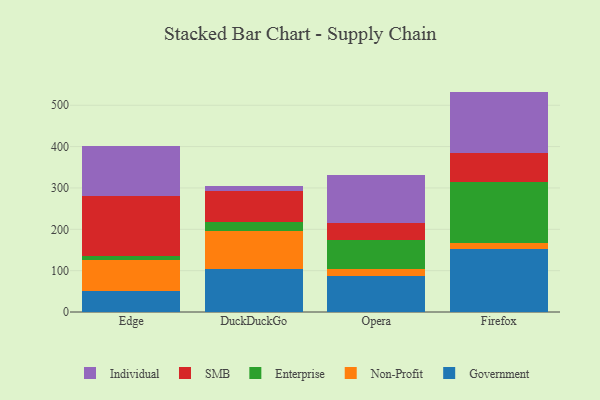
{"axis": {"x": "Browser", "y": "Humidity (%)"}, "legend": ["Enterprise", "Government", "Individual", "Non-Profit", "SMB"], "data": [{"x": "Edge", "y": 49.9, "type": "Government"}, {"x": "Edge", "y": 76.1, "type": "Non-Profit"}, {"x": "Edge", "y": 9.7, "type": "Enterprise"}, {"x": "Edge", "y": 144.6, "type": "SMB"}, {"x": "Edge", "y": 120.3, "type": "Individual"}, {"x": "DuckDuckGo", "y": 104.0, "type": "Government"}, {"x": "DuckDuckGo", "y": 91.0, "type": "Non-Profit"}, {"x": "DuckDuckGo", "y": 23.2, "type": "Enterprise"}, {"x": "DuckDuckGo", "y": 73.8, "type": "SMB"}, {"x": "DuckDuckGo", "y": 11.7, "type": "Individual"}, {"x": "Opera", "y": 88.0, "type": "Government"}, {"x": "Opera", "y": 15.7, "type": "Non-Profit"}, {"x": "Opera", "y": 70.2, "type": "Enterprise"}, {"x": "Opera", "y": 41.9, "type": "SMB"}, {"x": "Opera", "y": 114.8, "type": "Individual"}, {"x": "Firefox", "y": 152.9, "type": "Government"}, {"x": "Firefox", "y": 14.9, "type": "Non-Profit"}, {"x": "Firefox", "y": 146.9, "type": "Enterprise"}, {"x": "Firefox", "y": 69.8, "type": "SMB"}, {"x": "Firefox", "y": 148.5, "type": "Individual"}]}